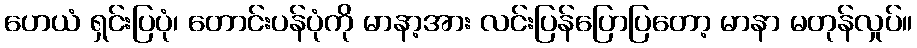
ဟေယံ ရှင်းပြပုံ၊ တောင်းပန်ပုံကို မာနာ့အား လင်းပြန်ပြောပြတော့ မာနာ မတုန်လှုပ်။